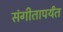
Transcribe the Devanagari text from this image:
संगीतापर्यंत